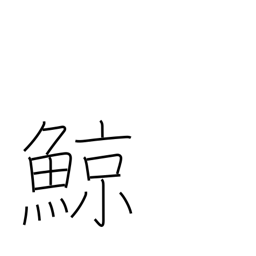
Meaning: whale